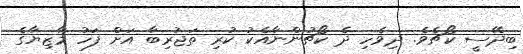
ބިދޭސީ ކޯޗެވެ. ދިވެހި ދެ ކޯޗުންނާއެކު ކުރި ތަޖުރިބާ އަށް ފަހު މާޒިޔާގެ